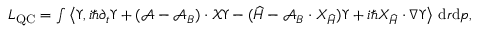
\begin{array} { r } { L _ { \operatorname { Q C } } = \int \left\langle \Upsilon , i \hbar \partial _ { t } \Upsilon + ( \mathcal { A } - \mathcal { A } _ { B } ) \cdot \mathcal { X } \Upsilon - ( { \widehat { H } } - \mathcal { A } _ { B } \cdot { { X } } _ { \widehat { H } } ) \Upsilon + i \hbar { { X } } _ { \widehat { H } } \cdot \nabla \Upsilon \right\rangle \, { \mathrm { d } } r { \mathrm { d } } p , } \end{array}